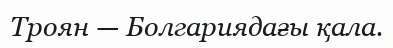
Троян — Болгариядағы қала.